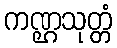
ကဏ္ဌသုတ္တံ